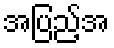
အပြည့်အ